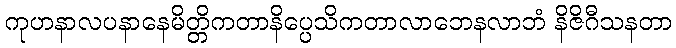
ကုဟနာလပနာနေမိတ္တိကတာနိပ္ပေသိကတာလာဘေနလာဘံ နိဇိဂီသနတာ